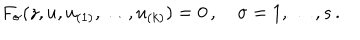
LaTeX: F _ { \sigma } ( z , u , u _ { ( 1 ) } , \ldots , u _ { ( k ) } ) = 0 \, , \quad \sigma = 1 , \ldots { } , s \, .